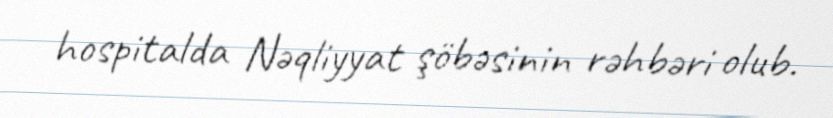
hospitalda Nəqliyyat şöbəsinin rəhbəri olub.